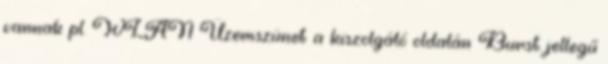
vannak pl. WLAN Üzemszünet a kiszolgáló oldalán Burst jellegű